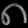
Digit: ၈